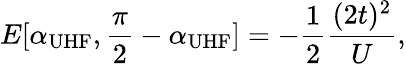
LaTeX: E[\alpha_{\textrm{UHF}},\frac{\pi}{2}-\alpha_{\textrm{UHF}}]=-\frac{1}{2}\frac{(2t)^{2}}{U},